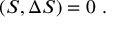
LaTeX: ( S , \Delta S ) = 0 \ .